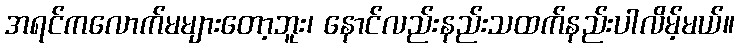
အရင်ကလောက်မများတော့ဘူး၊ နောင်လည်းနည်းသထက်နည်းပါလိမ့်မယ်။